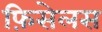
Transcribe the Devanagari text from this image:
फ़िसेलस